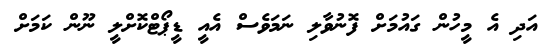
އަދި އެ މީހުން ގައުމަށް ފޮނުވާލި ނަމަވެސް އެއީ ޑީޕޯޓްކޮށްލީ ނޫން ކަމަށް